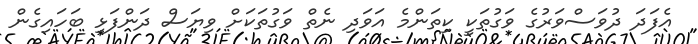
އެފަދަ ދުވަސްވަރުގެ ވަގުތަކީ ކިތަންމެ އަވަދި ނެތް ވަގުތަކަށް ވިޔަސް ދަންފަޅި ބަހައިގެން